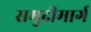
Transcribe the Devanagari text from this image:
समुद्रीमार्ग